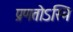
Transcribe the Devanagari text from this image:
प्रणतोऽस्मि